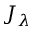
J _ { \lambda }